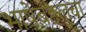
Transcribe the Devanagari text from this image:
भाषेबद्दलचा